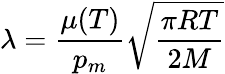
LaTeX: \lambda=\frac{\mu(T)}{p_{m}}\sqrt{\frac{\pi RT}{2M}}